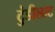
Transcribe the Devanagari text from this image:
टुंडीलाट